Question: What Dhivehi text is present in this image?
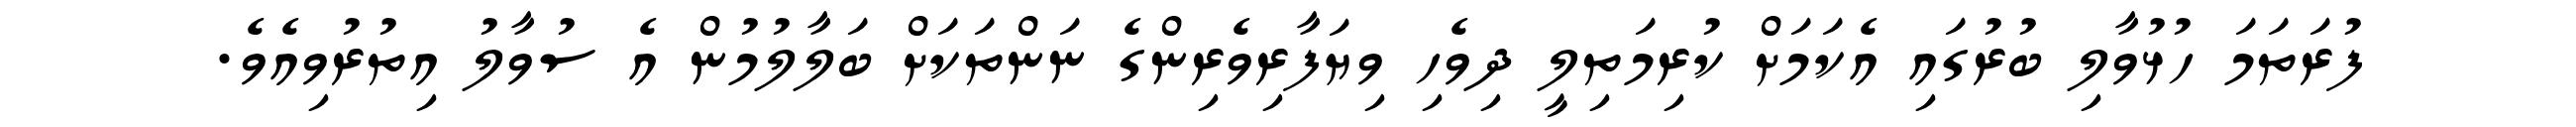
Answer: ފުރަތަމަ ހުޅުވާލި ބުރުގައި އެކަމަށް ކުރިމަތިލީ ދިވެހި ވިޔަފާރިވެރިންގެ ނަންތަކަށް ބަލާލުމުން އެ ސުވާލު އިތުރުވިއެވެ.